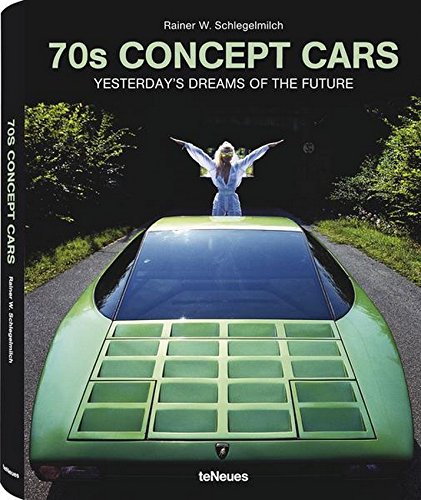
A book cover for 70s Concept Cars: Yesterday's Dreams of the Future (English, German and French Edition); Rainer W. Schlegelmich; Engineering & Transportation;